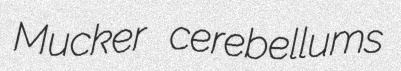
Mucker cerebellums